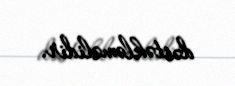
dəstəkləməlidir.